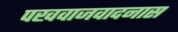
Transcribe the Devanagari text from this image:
पखवाजवादनास